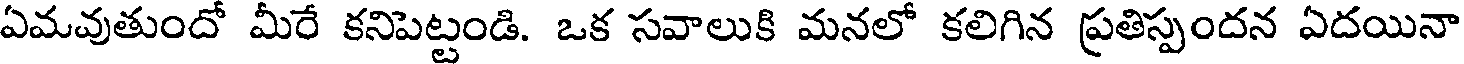
ఏమవుతుందో మీరే కనిపెట్టండి. ఒక సవాలుకి మనలో కలిగిన ప్రతిస్పందన ఏదయినా